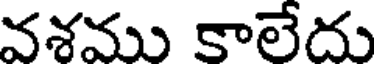
వశము కాలేదు